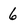
Character: 6